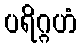
ပရိဂ္ဂဟံ